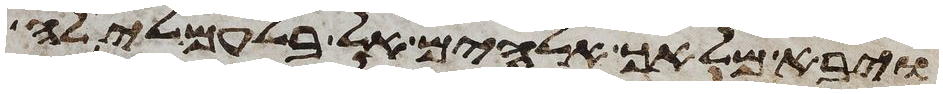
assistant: ויבא מלאך אלהים אל בלעם לילה